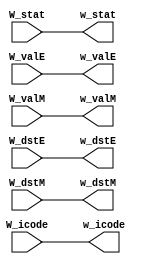
module write_back(W_stat, W_icode, W_valE, W_valM, W_dstE, W_dstM, w_stat, w_icode, w_valE, w_valM, w_dstE, w_dstM);
    input [3:0] W_stat, W_icode, W_dstE, W_dstM;
    input [63:0] W_valE, W_valM;

    output reg [3:0] w_stat, w_icode, w_dstE, w_dstM;
    output reg [63:0] w_valE, w_valM;

    always @(W_stat, W_icode, W_valE, W_valM, W_dstE, W_dstM) begin
        w_stat = W_stat;  
        w_icode = W_icode;
        w_valE = W_valE;
        w_valM = W_valM;
        w_dstE = W_dstE;
        w_dstM = W_dstM;
    end
   

endmodule